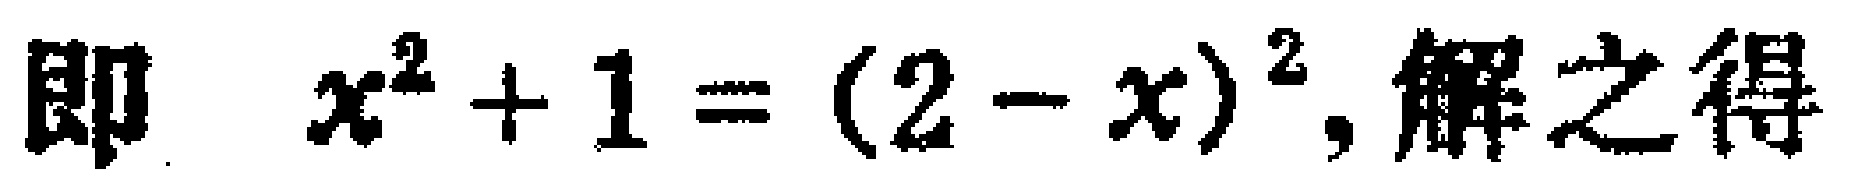
即 \(x^{2}+1=(2 - x)^{2},\)解之得